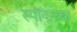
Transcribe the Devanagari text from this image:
स्पॉकच्या